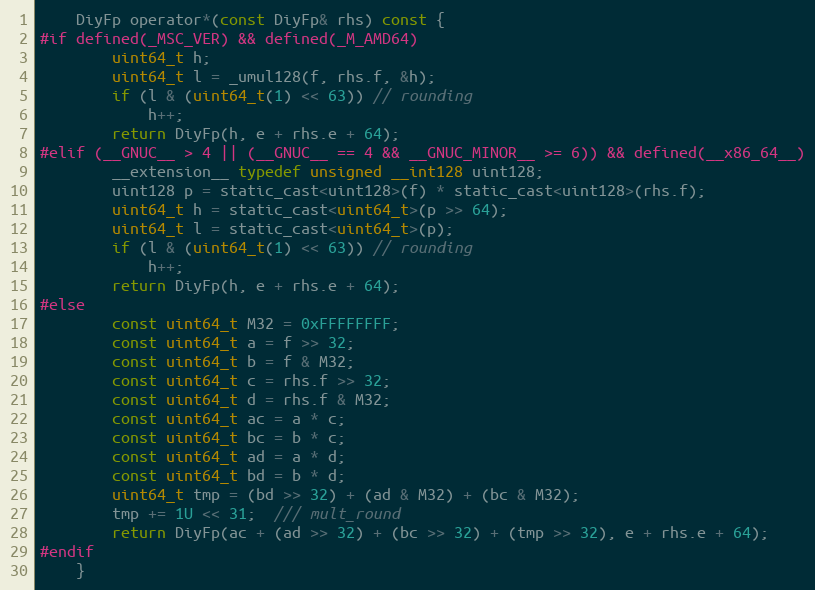
Language: C
    DiyFp operator*(const DiyFp& rhs) const {
#if defined(_MSC_VER) && defined(_M_AMD64)
        uint64_t h;
        uint64_t l = _umul128(f, rhs.f, &h);
        if (l & (uint64_t(1) << 63)) // rounding
            h++;
        return DiyFp(h, e + rhs.e + 64);
#elif (__GNUC__ > 4 || (__GNUC__ == 4 && __GNUC_MINOR__ >= 6)) && defined(__x86_64__)
        __extension__ typedef unsigned __int128 uint128;
        uint128 p = static_cast<uint128>(f) * static_cast<uint128>(rhs.f);
        uint64_t h = static_cast<uint64_t>(p >> 64);
        uint64_t l = static_cast<uint64_t>(p);
        if (l & (uint64_t(1) << 63)) // rounding
            h++;
        return DiyFp(h, e + rhs.e + 64);
#else
        const uint64_t M32 = 0xFFFFFFFF;
        const uint64_t a = f >> 32;
        const uint64_t b = f & M32;
        const uint64_t c = rhs.f >> 32;
        const uint64_t d = rhs.f & M32;
        const uint64_t ac = a * c;
        const uint64_t bc = b * c;
        const uint64_t ad = a * d;
        const uint64_t bd = b * d;
        uint64_t tmp = (bd >> 32) + (ad & M32) + (bc & M32);
        tmp += 1U << 31;  /// mult_round
        return DiyFp(ac + (ad >> 32) + (bc >> 32) + (tmp >> 32), e + rhs.e + 64);
#endif
    }